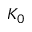
K _ { 0 }